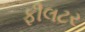
ફીલટર